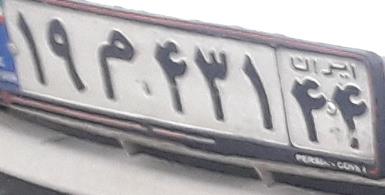
۱۹م۴۳۱۴۴